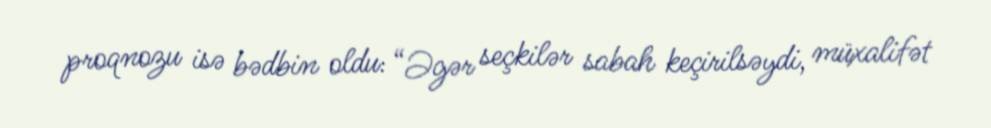
proqnozu isə bədbin oldu: “Əgər seçkilər sabah keçirilsəydi, müxalifət